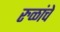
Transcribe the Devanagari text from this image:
रुळांचे